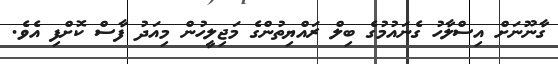
ގާނޫނަށް އިސްލާހު ގެނައުމުގެ ބިލް ރައްޔިތުންގެ މަޖިލީހުން މިއަދު ފާސް ކޮށްފި އެވެ.